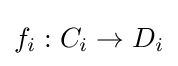
f_{i}:C_{i}\to D_{i}